Sanitation, dispensaries and jails vaccination Rajputana 1922-1927 - 1922-1927
Year: 1922
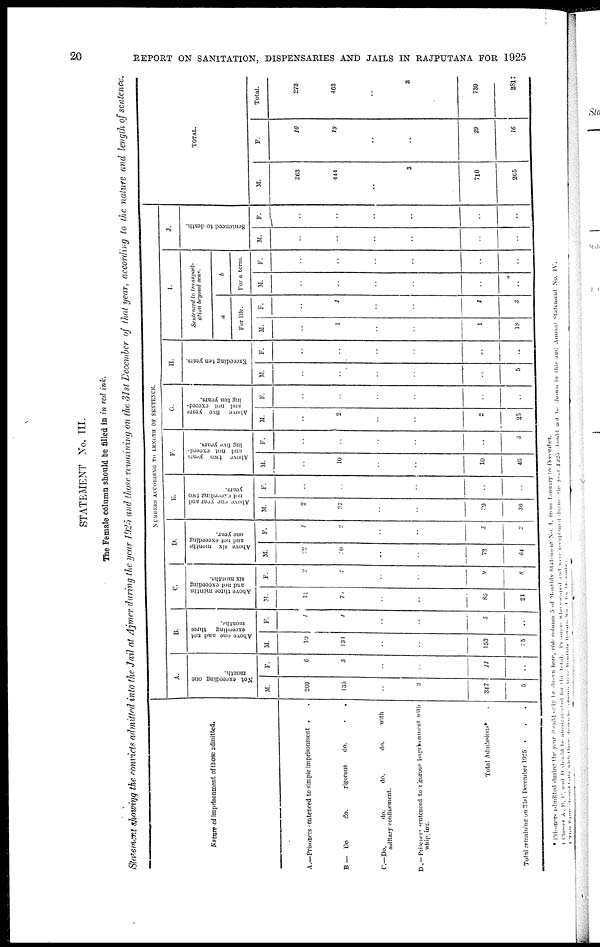
20
REPORT ON SANITATION, DISPENSARIES AND JAILS IN RAJPUTANA FOR 1925
STATEMENT No. III.
The Female column should be filled in in red ink.
Statement showing the convicts admitted into the Jail at Ajmer during the year 1925 and those remaining on the 31 st December of that year, according to the nature and length of sentence.
Nature of imprisonment of those admitted.
A.—Prisoners sentenced to simple imprisonment .
B — Do
do.
rigorous
do.
.
.
C.—Do.
do.
do.
do.
with
solitary confinement.
D .— Prisoners sentenced to rigorous imprisonment with
whipping.
Total Admission* .
Total remaining on 31st December 1925 . . .
NUMBERS ACCORDING TO LENGTH OF SENTENCE.
A.
Not exceeding one
month.
M.
209
135
..
3
347
5
F.
6
5
..
..
11
..
B.
Above one and not
exceeding three
months.
M.
10
131
..
..
153
25
F.
1
4
..
..
5
..
C.
Above three months
and not exceeding
six months.
M.
11
70
..
..
86
21
F.
2
7
..
..
9
8
D.
Above six months
and not exceeding
one year.
M.
22
50
..
..
72
64
F.
1
2
..
..
3
2
E.
Above one year and
not exceeding two
years.
M.
2
37
..
..
39
36
F.
..
..
..
..
..
..
F.
Above two years
and not exceed-
ing five years.
M.
..
10
..
..
10
46
F.
..
..
..
..
..
3
G.
Above five years
and not exceed-
ing ten years.
M.
..
2
..
..
2
25
F.
..
..
..
..
..
..
H.
Exceeding ten years.
M.
..
..
..
..
..
5
F.
..
..
..
..
..
..
I.
Sentenced to transport-
ation beyond seas.
a
For life.
M.
..
1
..
..
1
18
F.
..
1
..
..
1
3
b
For a term.
M.
..
..
..
..
..
..
F.
..
..
..
..
..
..
J.
Sentenced to death.
M.
..
..
..
..
..
..
F.
..
..
..
..
..
..
TOTAL.
M.
263
444
..
3
710
265
F.
10
19
..
..
29
16
Total.
273
463
..
3
739
231‡
* Prisoners admitted during the year should only be shown here, vide column 5 of Monthly Statement No. 1, from January to December.
† Classes A. B, C, and D should be amalgamated for this total. Prisoners who escaped and were recaptured during the year 1925 should not be shown in this and Annual Statement No. IV.
‡ This figure should tally with those shown in columns16 of Monthly Return No.1 for December.